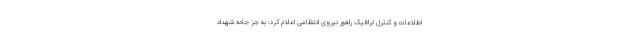
اطلاعات و کنترل ترافیک راهور نیروی انتظامی اعلام کرد: به جز جاده شهداد